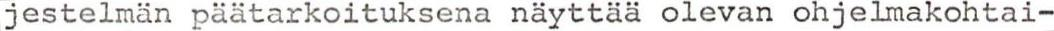
jestelmän päätarkoituksena näyttää olevan ohjelmakohtai-